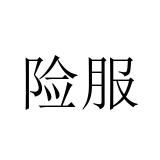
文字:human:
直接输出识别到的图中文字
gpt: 险服